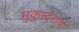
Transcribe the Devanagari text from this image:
मुकुन्दराय